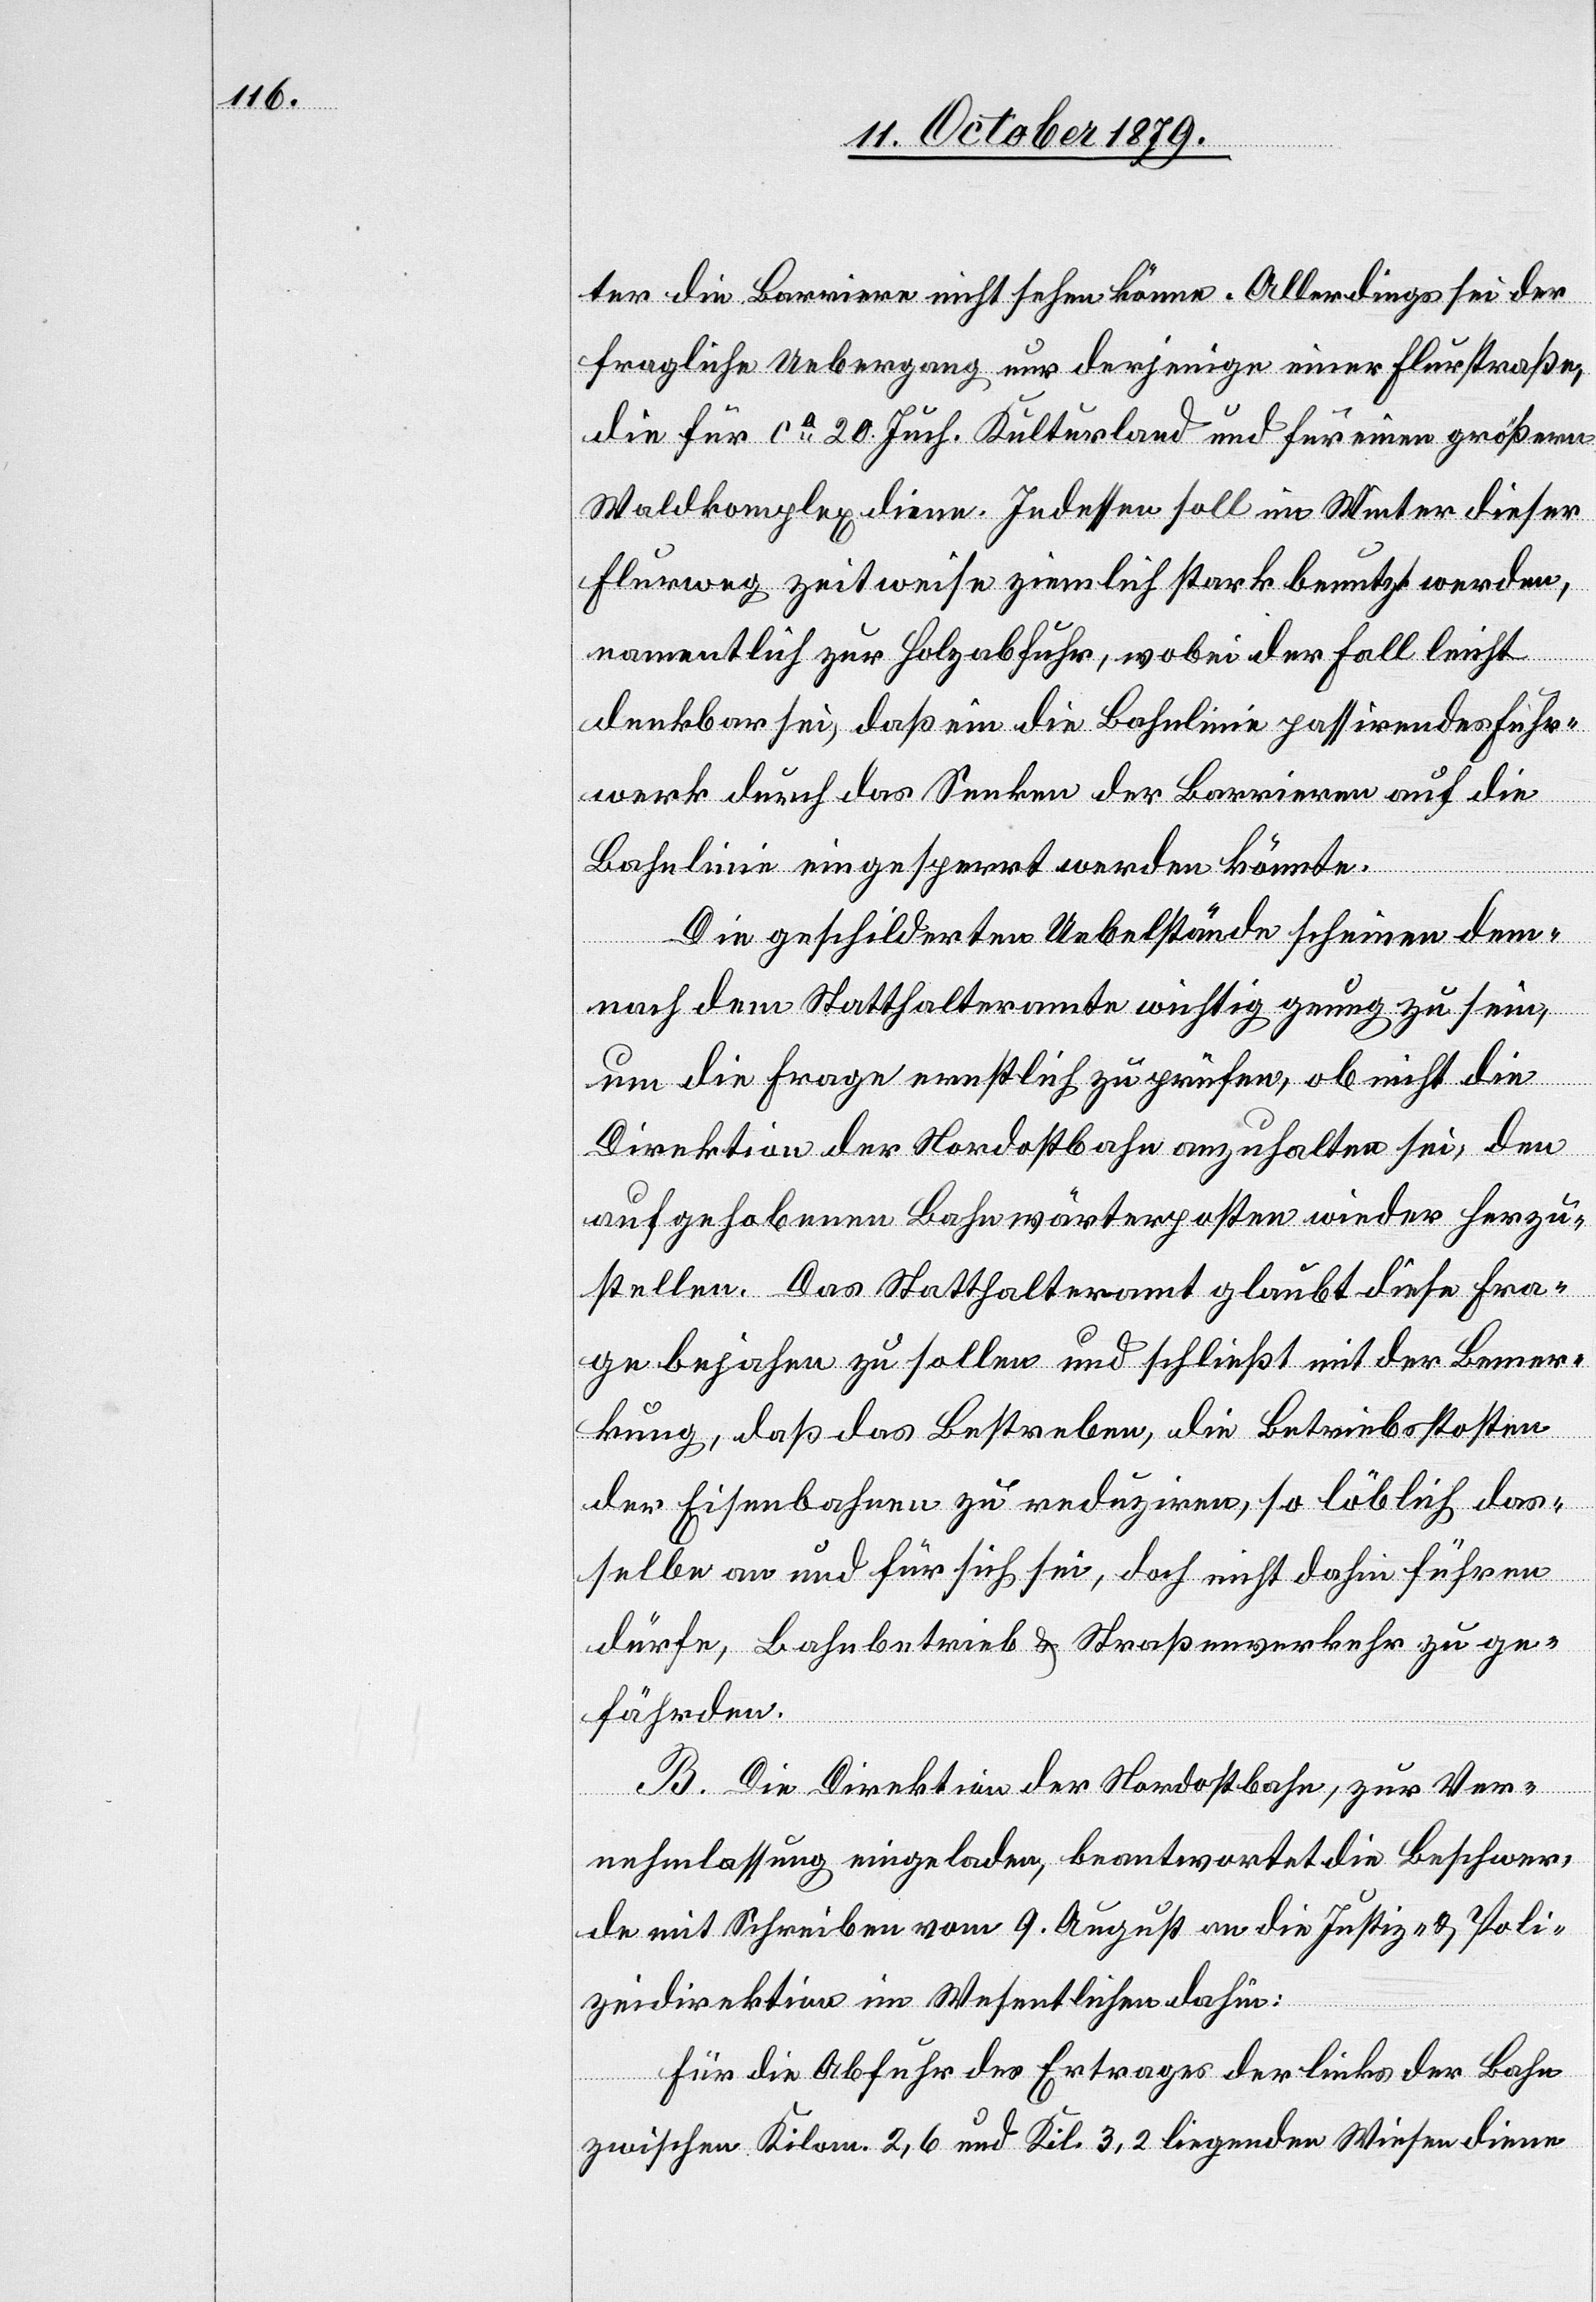
ter die Barriere nicht sehen könne. Allerdings sei der
fragliche Uebergang nur derjenige einer Flurstraße,
die für ca 20 Juch. Kulturland und für einen größern
Waldkomplex diene. Indessen soll im Winter dieser
Flurweg zeitweise ziemlich stark benutzt werden,
namentlich zur Holzabfuhr, wobei der Fall leicht
denkbar sei, daß ein die Bahnlinie passirendes Fuhr¬
werk durch das Senken der Barrieren auf die
Bahnlinie eingesperrt werden könnte.
Die geschilderten Uebelstände scheinen dem¬
nach dem Statthalteramte wichtig genug zu sein,
um die Frage ernstlich zu prüfen, ob nicht die
Direktion der Nordostbahn anzuhalten sei, den
aufgehobenen Bahnwärterposten wieder herzu¬
stellen. Das Statthalteramt glaubt diese Fra¬
ge bejahen zu sollen und schließt mit der Bemer¬
kung, daß das Bestreben, die Betriebskosten
der Eisenbahnen zu reduziren, so löblich das¬
selbe an und für sich sei, daß nicht dahin führen
dürfe, Bahnbetrieb & Straßenverkehr zu ge¬
fährden.
B. Die Direktion der Nordostbahn, zur Ver¬
nehmlassung eingeladen, beantwortet die Beschwer¬
de mit Schreiben vom 9. August an die Justiz- & Poli¬
zeidirektion im Wesentlichen dahin:
Für die Abfuhr des Ertrages der links der Bahn
zwischen Kilom. 2,6 und Kil. 3,2 liegenden Wiesen diene